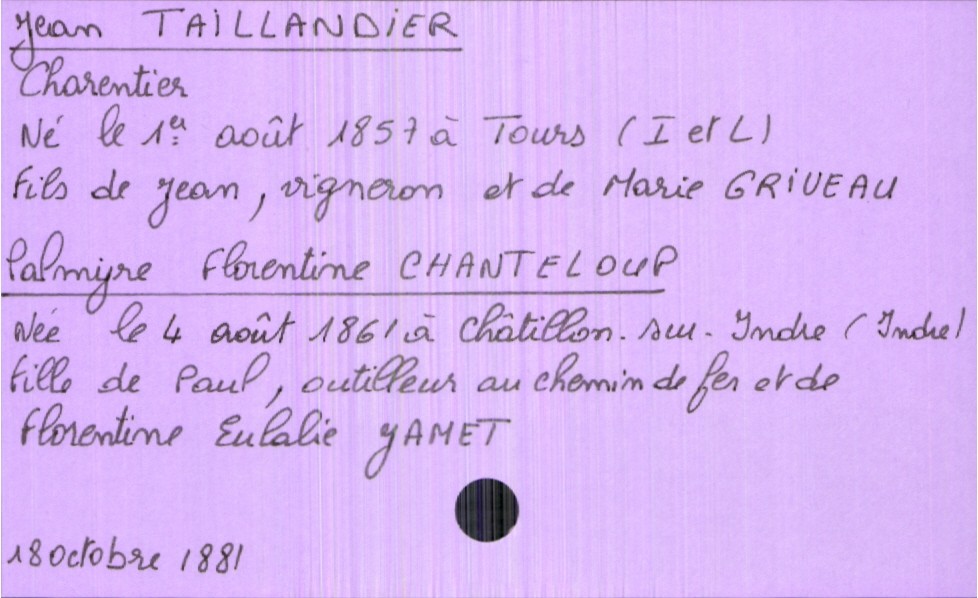
type_acte: Mariage
année: 1881
mois: octobre
jour: 18
marié_nom: Taillandier
marié_prénom: Jean
marié_profession: charentier
marié_date_de_naissance: 1er août 1857
marié_lieu_de_naissance: Tours (Indre et Loire)
père_marié_nom: Taillandier
père_marié_prénom: Jean
père_marié_profession: vigneron
mère_marié_nom: Griveau
mère_marié_prénom: Marie
mariée_nom: Chanteloup
mariée_prénom: Palmyre Florentine
mariée_date_de_naissance: 4 août 1861
mariée_lieu_de_naissance: Châtillon-sur-Indre (Indre)
père_mariée_nom: Chanteloup
père_mariée_prénom: Paul
père_mariée_profession: outilleur au chemin de fer
mère_mariée_nom: Jamet
mère_mariée_prénom: Florentine Eulalie